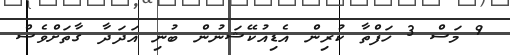
9 މަސް 3 ހަފްތާ ކުރިން އެޑިއުކޭޝަނުން ބުނި އަދަދާ ގާތަށްވެސް